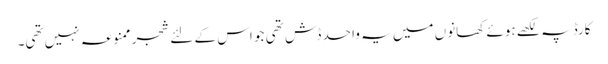
کارڈ پہ لکھے ہوئے کھانوں میں یہ واحد ڈش تھی جو اس کے لئے شجر ممنوعہ نہیں تھی۔